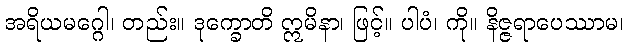
အရိယမဂ္ဂေါ၊ တည်း။ ဒုက္ခောတိ ဣမိနာ၊ ဖြင့်။ ပါပံ၊ ကို။ နိဇ္ဇရာပေဿာမ၊